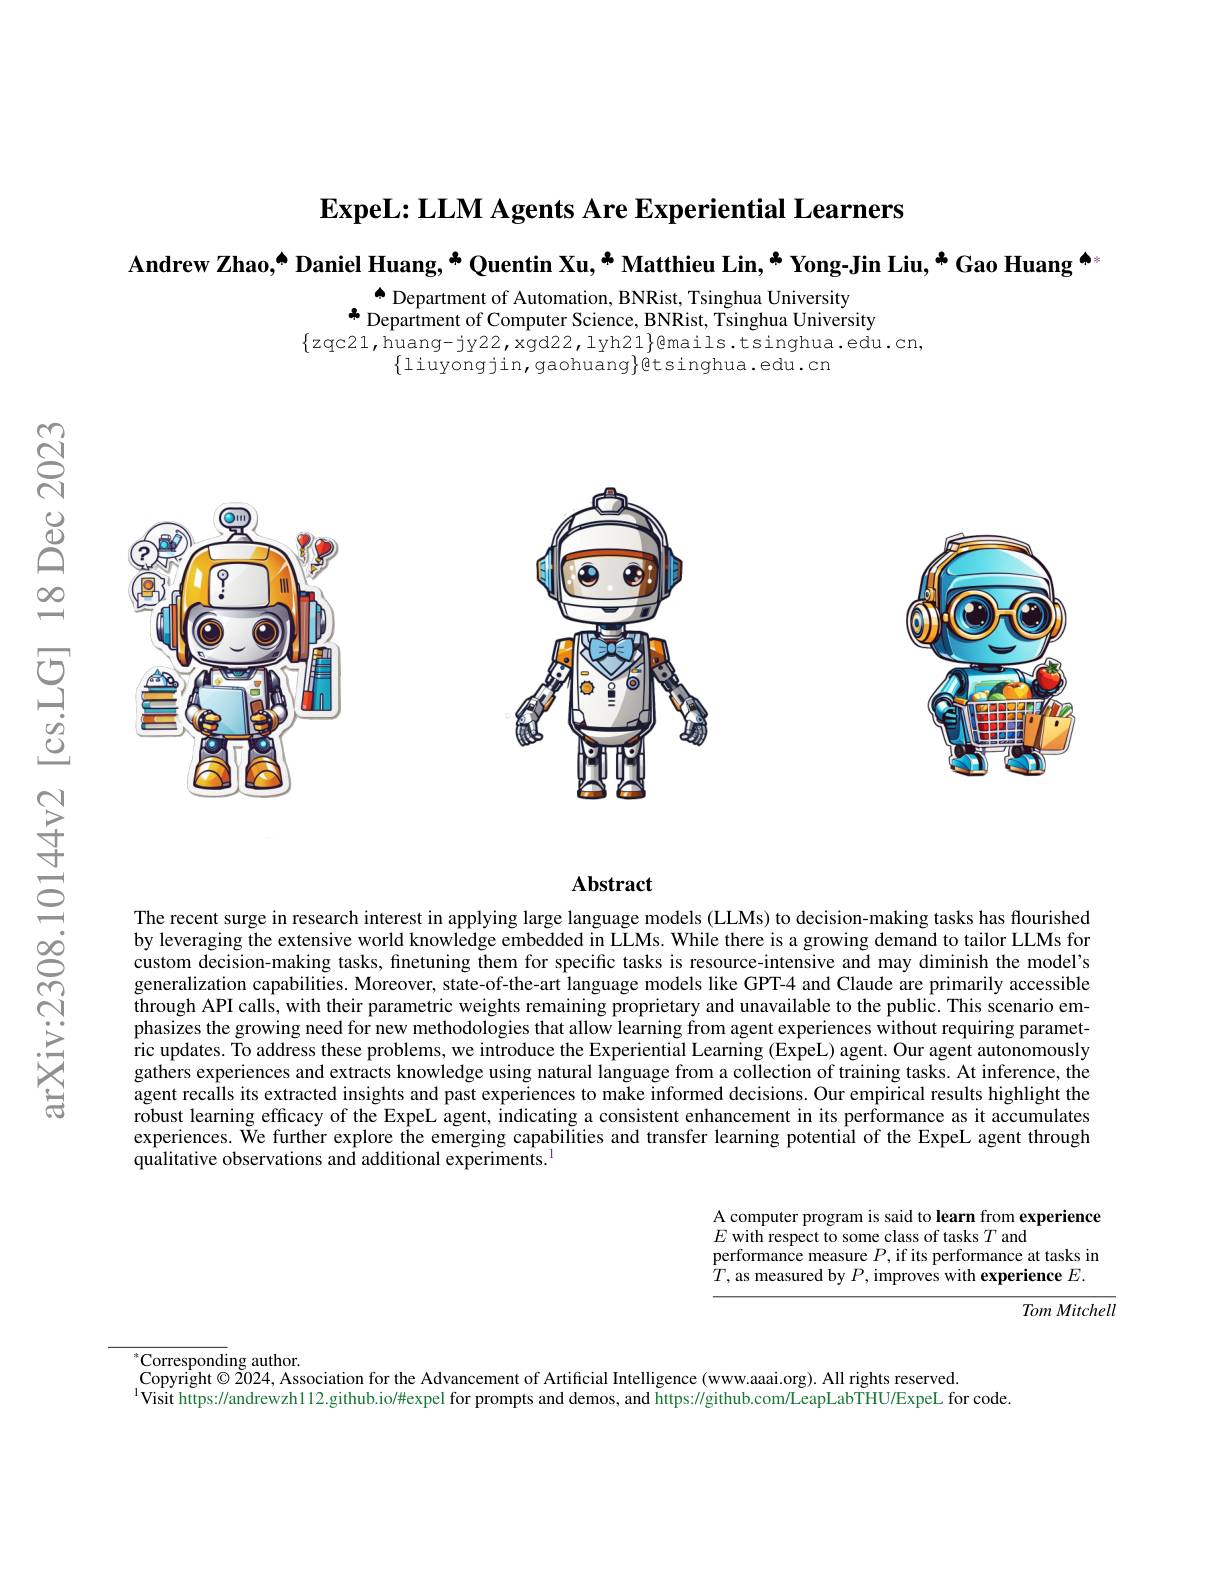
$\textbf{ExpeL: LLM Agents Are Experiential Learners}$
Andrew Zhao,[INDEX] Daniel Huang, * Quentin Xu, * Matthieu Lin, * Yong-Jin Liu, * Gao Huang $^{\textcircled{\mathrm{m}}}$
$\overset{\bullet}{\operatorname*{\operatorname*{\operatorname*{\longrightarrow}}}}$Department of Automation, BNRist, Tsinghua University

$\Phi$ Department of Computer Science, BNRist, Tsinghua University
$\{zqc21,\bar{\mathrm{huang-jy22,xgd22,lyh21}}\}$@mails.tsinghua.edu.cn,
$\{$liuyongjin, gaohuang$\}$étsinghua.edu.cn

C
<FigureHere>

<FigureHere>

<FigureHere>

$千$

寸

### $\mathbf{Abstract}$

$C$

$ర్లి$

The recent surge in research interest in applying large language models (LLMs) to decision-making tasks has flourished by leveraging the extensive world knowledge embedded in LLMs. While there is a growing demand to tailor LLMs for custom decision-making tasks, finetuning them for specific tasks is resource-intensive and may diminish the model's generalization capabilities. Moreover, state-of-the-art language models like GPT-4 and Claude are primarily accessible through API calls, with their parametric weights remaining proprietary and unavailable to the public. This scenario emphasizes the growing need for new methodologies that allow learning from agent experiences without requiring paramet- $\hat{\text{ricupdates. To address these problems, we introduce the Experiential Learning }(\text{ExpeL})\text{agent.Our agent autonomously}}$ gathers experiences and extracts knowledge using natural language from a collection of training tasks. At inference, the agent recalls its extracted insights and past experiences to make informed decisions. Our empirical results highlight the robust learning efficacy of the ExpeL agent, indicating a consistent enhancement in its performance as it accumulates experiences. We further explore the emerging capabilities and transfer learning potentiâl of the ExpeL agent through qualitative observations and additional experiments.$^{1}$

A computer program is said to learn from experience
$E$ with respect to some class of tasks $T$ and
performance measure $P$, if its performance at tasks in $\dot{T}$, as measured by $P$, improves with experience $E.$

Tom Mitchell

$^*{\mathrm{Corresponding~author}}.$

Copyright $\odot2024$, Association for the Advancement of Artificial Intelligence (www.aaai.org). All rights reserved.

$^{1}$Visit https://andrewzh112.github.io/#expel for prompts and demos, and https://github.com/LeapLabTHU/ExpeL for code